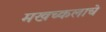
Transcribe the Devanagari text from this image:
मखच्कलाचे